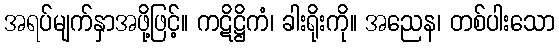
အရပ်မျက်နှာအဖို့ဖြင့်။ ကဋိဋ္ဌိကံ၊ ခါးရိုးကို။ အညေန၊ တစ်ပါးသော